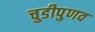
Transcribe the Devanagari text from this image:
चुडीपुणव